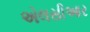
એલસીઆર